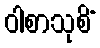
ဝါစာသုစိံ